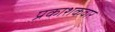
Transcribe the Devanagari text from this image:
प्रकाशकवार